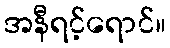
အနီရင့်ရောင်။